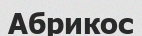
Абрикос